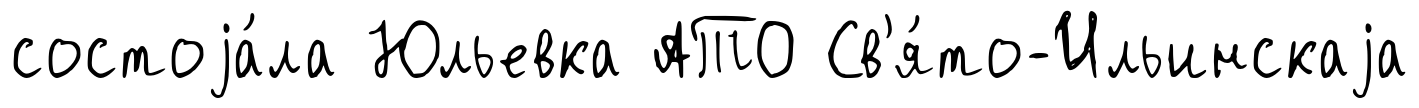
состоjа́ла Юльевка АТО Св'я́то-Ильинскаjа